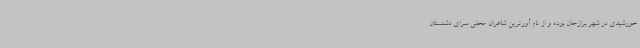
خورشیدی در شهر برازجان بوده و از نام آورترین شاعران محلی سرای دشتستان